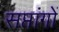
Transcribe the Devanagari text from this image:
सप्तांगों